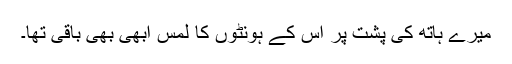
میرے ہاتھ کی پشت پر اس کے ہونٹوں کا لمس ابھی بھی باقی تھا۔